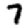
Digit: 7